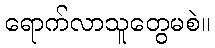
ရောက်လာသူတွေမစဲ။